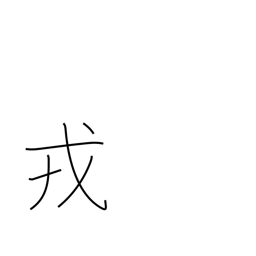
Meaning: arms